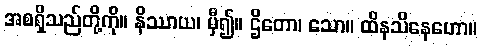
အစရှိသည်တို့ကို။ နိဿာယ၊ မှီ၍။ ဌိတော၊ သော။ ထိနသိနေဟော။